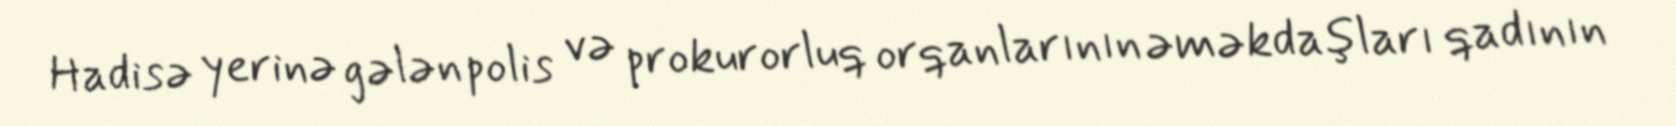
Hadisə yerinə gələn polis və prokurorluq orqanlarının əməkdaşları qadının